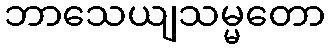
ဘာသေယျသမ္မတော